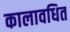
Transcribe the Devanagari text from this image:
कालावधित